Report of the Imperial Institute of Veterinary Research, Muktesar
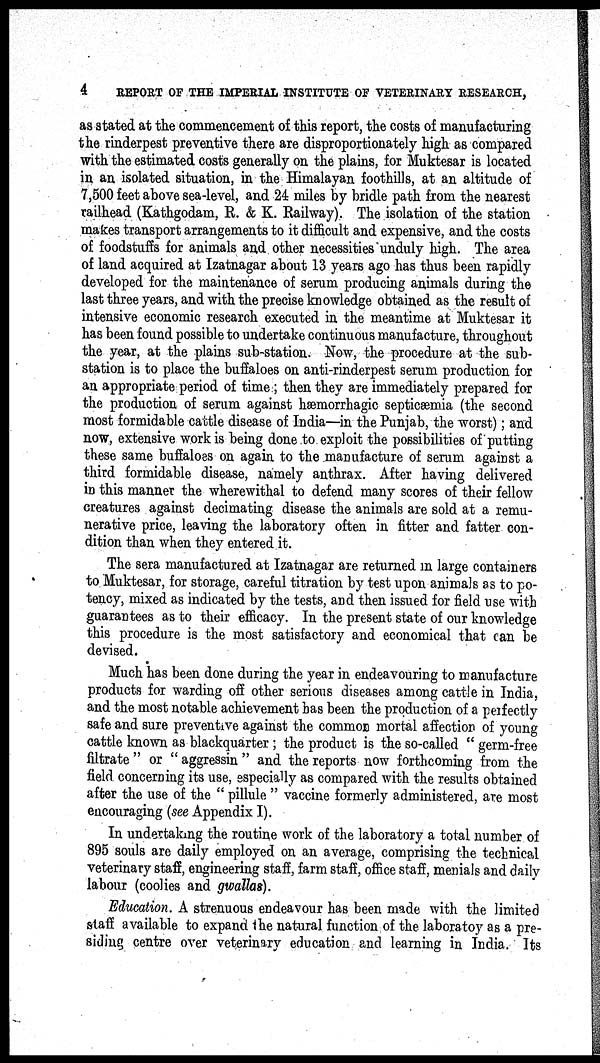
4
REPORT OF THE IMPERIAL INSTITUTE OF VETERINARY RESEARCH,
as stated at the commencement of this report, the costs of manufacturing
the rinderpest preventive there are disproportionately high as compared
with the estimated costs generally on the plains, for Muktesar is located
in an isolated situation, in the Himalayan foothills, at an altitude of
7,500 feet above sea-level, and 24 miles by bridle path from the nearest
railhead (Kathgodam, R. & K. Railway). The isolation of the station
makes transport arrangements to it difficult and expensive, and the costs
of foodstuffs for animals and other necessities unduly high. The area
of land acquired at Izatnagar about 13 years ago has thus been rapidly
developed for the maintenance of serum producing animals during the
last three years, and with the precise knowledge obtained as the result of
intensive economic research executed in the meantime at Muktesar it
has been found possible to undertake continuous manufacture, throughout
the year, at the plains sub-station. Now, the procedure at the sub-
station is to place the buffaloes on anti-rinderpest serum production for
an appropriate period of time ; then they are immediately prepared for
the production of serum against Hæmorrhagic septicæmia (the second
most formidable cattle disease of India—in the Punjab, the worst); and
now, extensive work is being done to exploit the possibilities of putting
these same buffaloes on again to the manufacture of serum against a
third formidable disease, namely anthrax. After having delivered
in this manner the wherewithal to defend many scores of their fellow
creatures against decimating disease the animals are sold at a remu-
nerative price, leaving the laboratory often in fitter and fatter con-
dition than when they entered it.
The sera manufactured at Izatnagar are returned in large containers
to Muktesar, for storage, careful titration by test upon animals as to po-
tency, mixed as indicated by the tests, and then issued for field use with
guarantees as to their efficacy. In the present state of our knowledge
this procedure is the most satisfactory and economical that can be
devised.
Much has been done during the year in endeavouring to manufacture
products for warding off other serious diseases among cattle in India,
and the most notable achievement has been the production of a perfectly
safe and sure preventive against the common mortal affection of young
cattle known as blackquarter ; the product is the so-called " germ-free
filtrate " or " aggressin " and the reports now forthcoming from the
field concerning its use, especially as compared with the results obtained
after the use of the " pillule " vaccine formerly administered, are most
encouraging (see Appendix I).
In undertaking the routine work of the laboratory a total number of
895 souls are daily employed on an average, comprising the technical
veterinary staff, engineering staff, farm staff, office staff, menials and daily
labour (coolies and gwallas).
Education. A strenuous endeavour has been made with the limited
staff available to expand the natural function of the laboratoy as a pre-
siding centre over veterinary education and learning in India. Its